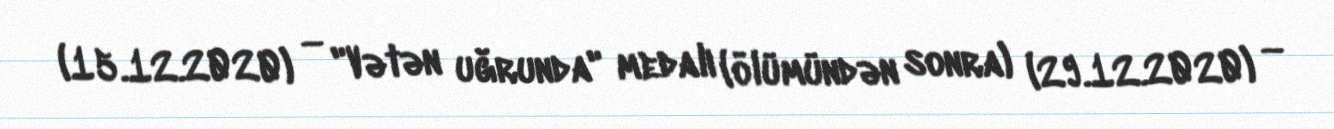
(15.12.2020) — "Vətən uğrunda" medalı (ölümündən sonra) (29.12.2020) —